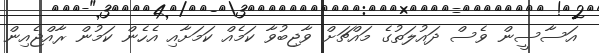
އަސާސީން ވެސް ދައުލަތުގެ މައްޗަށް ވާޖިބުވާ ކަމެއް ކަމަށާއި އެހެން ކަމުން ރާއްޖެއިން